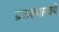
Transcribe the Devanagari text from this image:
प्रकल्पान्वये